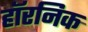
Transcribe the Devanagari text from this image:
हॉरनिक